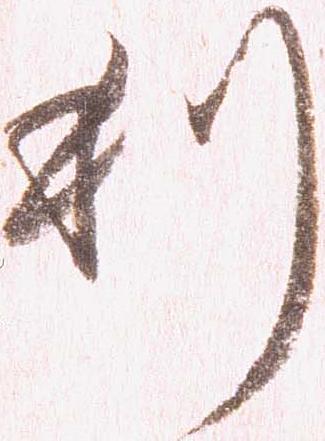
利